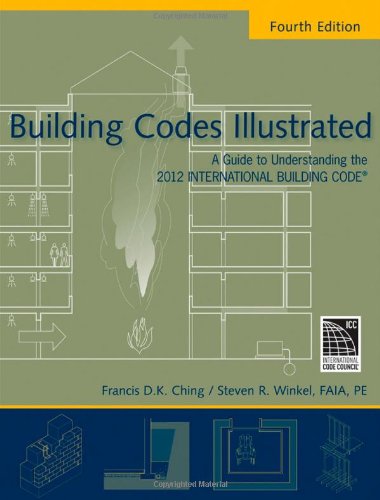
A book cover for Building Codes Illustrated: A Guide to Understanding the 2012 International Building Code; Francis D. K. Ching; Engineering & Transportation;